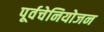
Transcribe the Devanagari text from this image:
पूर्वचेनियोजन